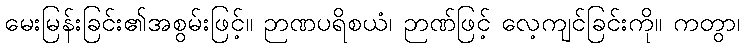
မေးမြန်းခြင်း၏အစွမ်းဖြင့်။ ဉာဏပရိစယံ၊ ဉာဏ်ဖြင့် လေ့ကျင်ခြင်းကို။ ကတွာ၊